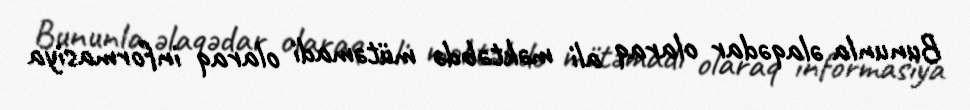
Bununla əlaqədar olaraq ali məktəbdə mütəmadi olaraq informasiya